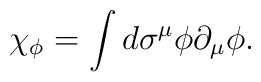
\chi_\phi = \int d\sigma^\mu \phi\partial_\mu\phi.